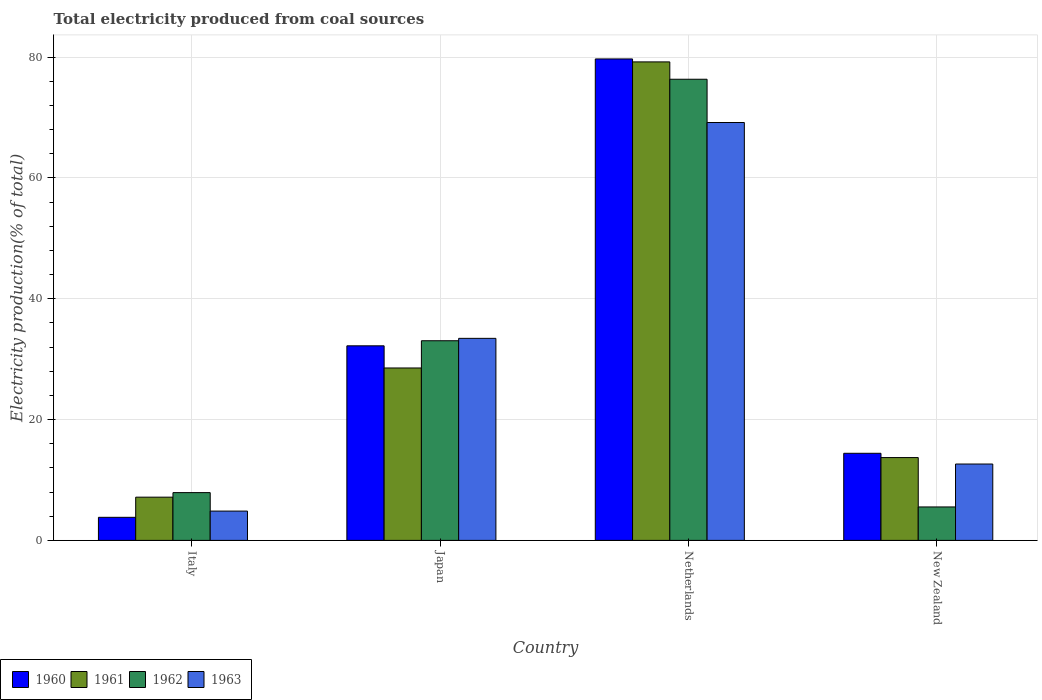
| Country | 1960 | 1961 | 1962 | 1963 |
 | --- | --- | --- | --- | --- |
 | Italy | 3.82 | 7.15 | 7.91 | 4.85 |
 | Japan | 32.2 | 28.5 | 33 | 33.4 |
 | Netherlands | 79.7 | 79.2 | 76.3 | 69.2 |
 | New Zealand | 14.4 | 13.7 | 5.54 | 12.6 |